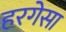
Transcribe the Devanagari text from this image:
हरगेसा